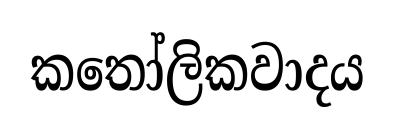
කතෝලිකවාදය